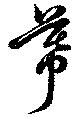
幕